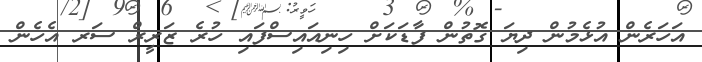
އަހަރެން އުޅެމުން ދިޔަ ގޮތުން ފާޑަކަށް ހިނިއައިސްފައި ހުރެ ޒަރީރް ސަރ އެހެން